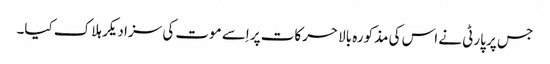
جس پر پارٹی نے اس کی مذکورہ بالا حرکات پر اِسے موت کی سزا دیکر ہلاک کیا۔